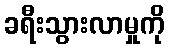
ခရီးသွားလာမှုကို